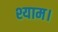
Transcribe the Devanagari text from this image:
श्याम।